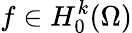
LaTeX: f\in H_{0}^{k}(\Omega)